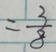
= \frac { 3 } { 8 }